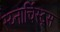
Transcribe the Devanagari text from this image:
स्य्नार्चिस्ट्स